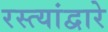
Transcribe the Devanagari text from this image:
रस्त्यांद्वारे